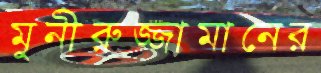
মুনীরুজ্জামানের